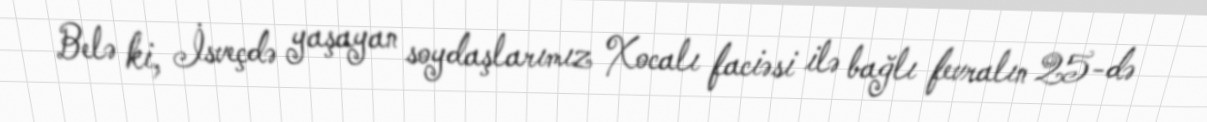
Belə ki, İsveçdə yaşayan soydaşlarımız Xocalı faciəsi ilə bağlı fevralın 25-də